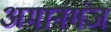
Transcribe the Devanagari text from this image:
अमानगंज